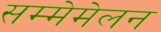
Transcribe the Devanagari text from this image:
सम्मेमेलन